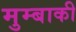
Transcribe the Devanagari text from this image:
मुम्बाकी